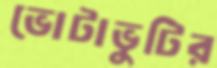
ভোটাভুটির